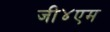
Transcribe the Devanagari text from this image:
जी४एम